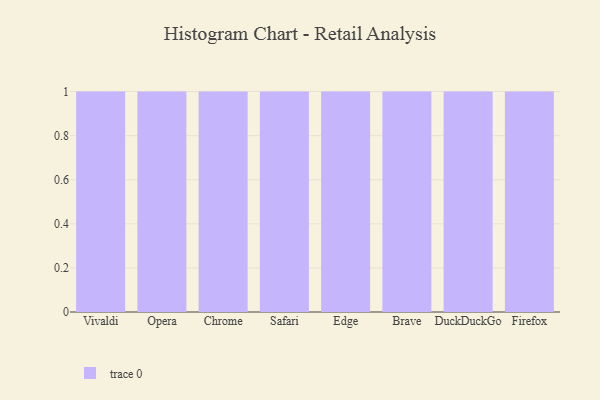
{"axis": {"x": "Browser", "y": "Shipments"}, "legend": [""], "data": [{"x": "Vivaldi", "y": 33, "type": ""}, {"x": "Opera", "y": 14, "type": ""}, {"x": "Chrome", "y": 16, "type": ""}, {"x": "Safari", "y": 36, "type": ""}, {"x": "Edge", "y": 92, "type": ""}, {"x": "Brave", "y": 28, "type": ""}, {"x": "DuckDuckGo", "y": 73, "type": ""}, {"x": "Firefox", "y": 91, "type": ""}]}